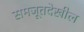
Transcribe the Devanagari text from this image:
समजूतदेखील